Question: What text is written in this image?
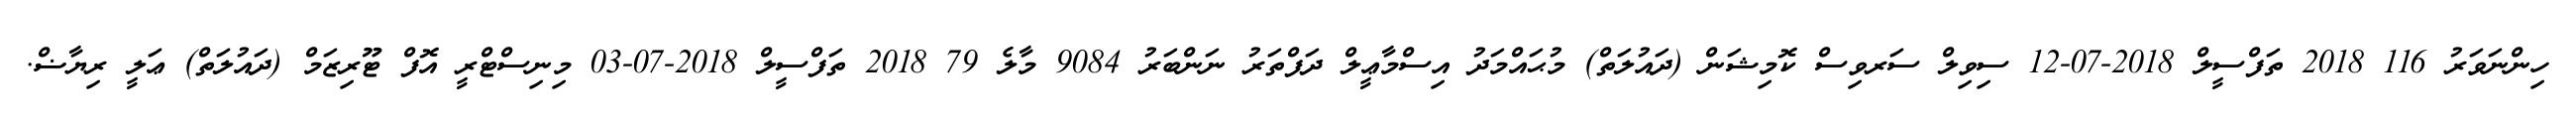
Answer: ހިންނަވަރު 116 2018 ތަފްސީލް 2018-07-12 ސިވިލް ސަރވިސް ކޮމިޝަން (ދައުލަތް) މުޙައްމަދު އިސްމާޢީލް ދަފްތަރު ނަންބަރު 9084 މާލެ 79 2018 ތަފްސީލް 2018-07-03 މިނިސްޓްރީ އޮފް ޓޫރިޒަމް (ދައުލަތް) ޢަލީ ރިޔާޟް.